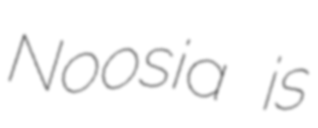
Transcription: Noosia is